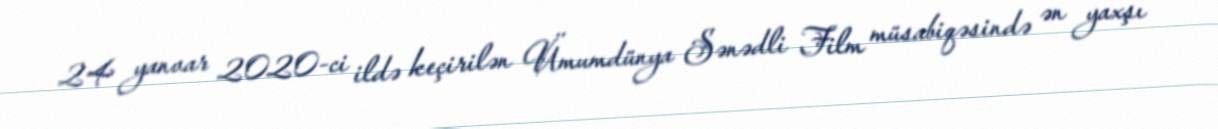
24 yanvar 2020-ci ildə keçirilən Ümumdünya Sənədli Film müsabiqəsində ən yaxşı